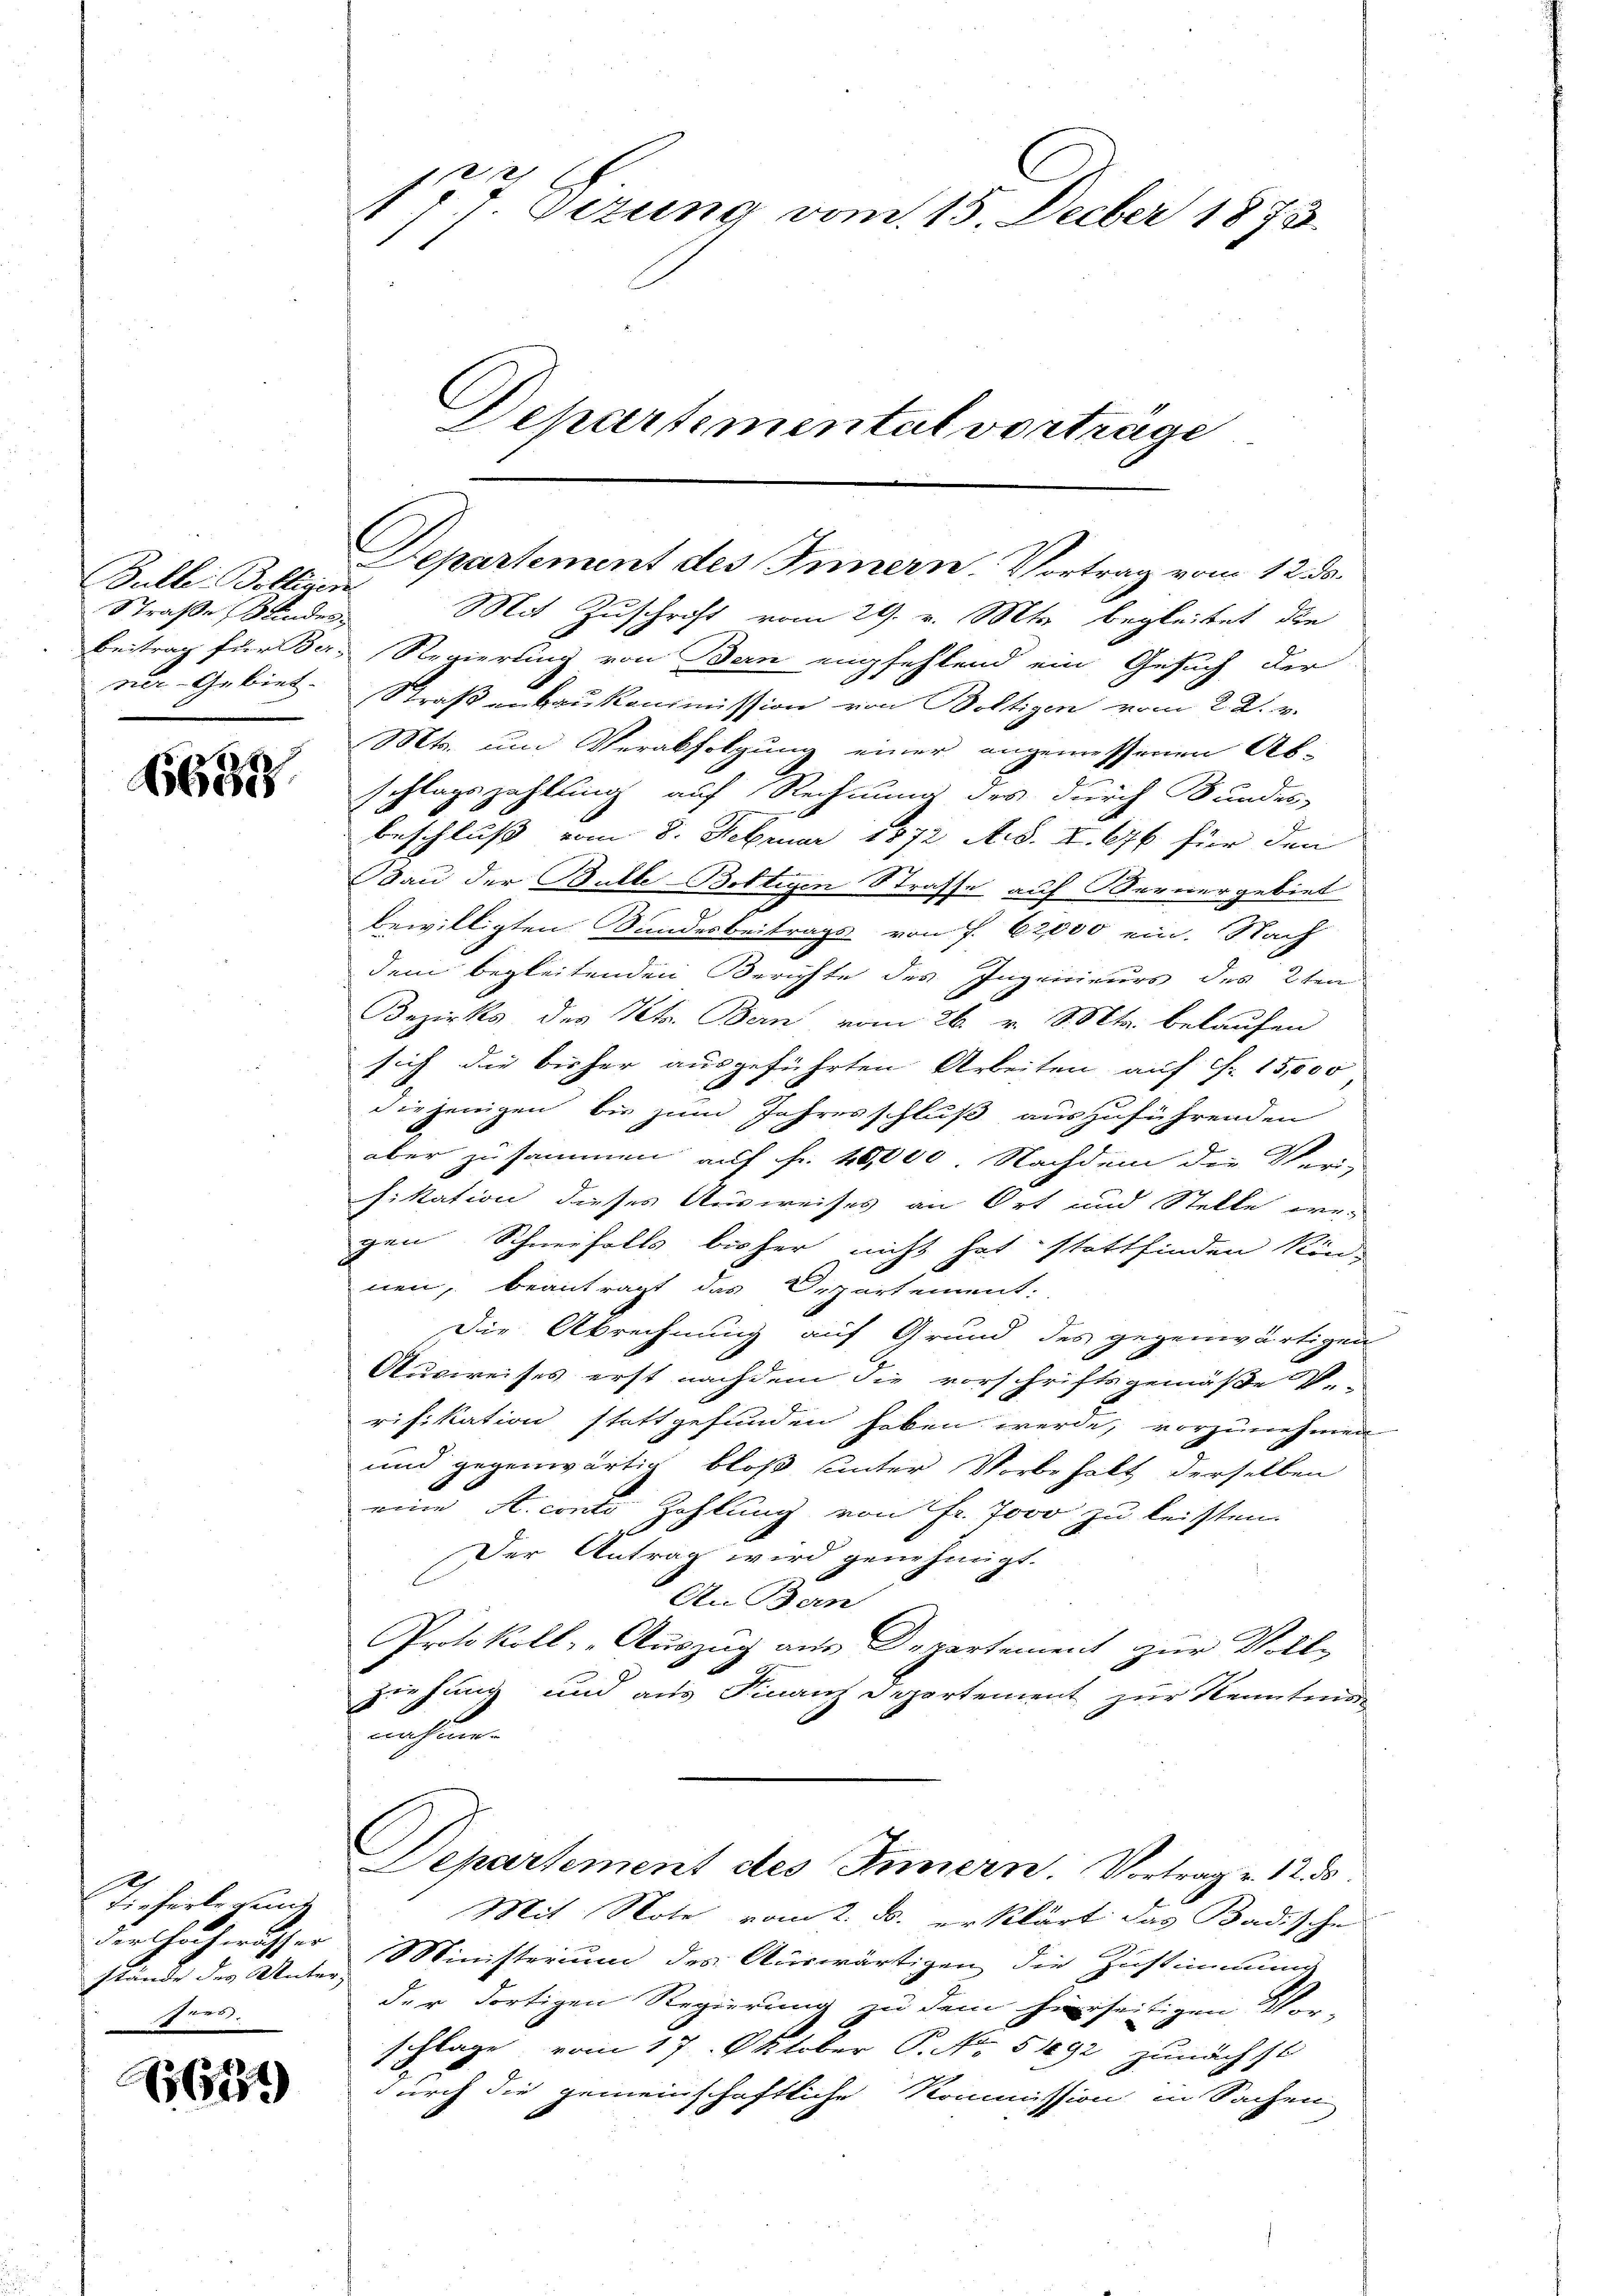
Bulle. Bolliser
Straße, Kindes¬

6633.

Tieferlesung
der Hochwisser
Ires.

611)

177 Dezung vom 15. Decber 1873.
Departementat vortrage

Departement des Innern. Vortrag vom 12. ds.

Mit Zuschrift vom 29. v. Mts. begleitet, die
Beitrag für 3. Regierung von Bern empfehlend ein Gesuch der
ner-Gebiet. Straßenbaukommission von Boltigen vom 22. v.
Mts. um Verabfolgung einer angemessenen Ab-
schlagszahlung auf Rechnung des durch Bundes-
beschluß vom 8. Februar 1872 Ab. I. 676 für den
Bau der Bulle-Bottigen Strasse auf Bernergebiet
bewilligten Bundesbeitrags von f. 62,000 ein. Nach
dem begleitenden Berichte des Ingenieurs des 2ten
Bezirks, des Kts. Bern vom 26. v. d. Mts. belaufen
sich die bisher ausgeführten Arbeiten auf Fr. 15,000
diejenigen bis zum Jahresschluß auszuführenden
aber zusammen auf fr. 40,000. Nachdem die Ver-
fikation dieses Ausweises an Ort und Stelle wei
gen Schneifalls bisher nicht hat stattfinden Kin-
nen, beantragt das Departement:
Die Abrechnung auf Grund des gegenwärtigen
Ausweises erst nachdem die vorschriftsgemäße V.-
rifikation stattgefunden haben werde, vorzunehmen
und gegenwärtig bloß unter Vorbehalt derselben
eine A. conto Zahlung von Fr. Jovo zu leisten.
Der Antrag wird genehmigt.
An Bern
Protokoll- Auszug aus Dopartement zur Voll¬
8
ziehung um aus Finanz Departement zur Kenntman
nahmen
Departement des Innern. Vortrage 12. d.
Mit Note vom 2. d. erklärt das Badische
stände der Unter Ministerium des Auswärtigen die Zustimmung
der dortigen Regierung zu dem hierseitigen Vor-
schlage vom 17. Oktober P. Nr. 5492 zunächst
durch die gemeinschaftliche Kommission in Sachen